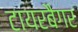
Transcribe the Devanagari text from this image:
टायरबैगर